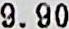
9.90